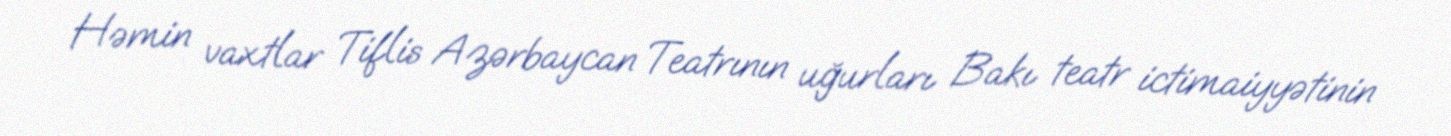
Həmin vaxtlar Tiflis Azərbaycan Teatrının uğurları Bakı teatr ictimaiyyətinin